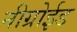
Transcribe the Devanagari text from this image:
नीग्रोईड